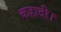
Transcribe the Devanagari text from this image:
कहादी।